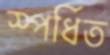
স্পর্ধিত